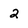
Character: 2